Vaccine operations Central Provinces & Berar 1912-1920 - 1912-1920
Year: 1912
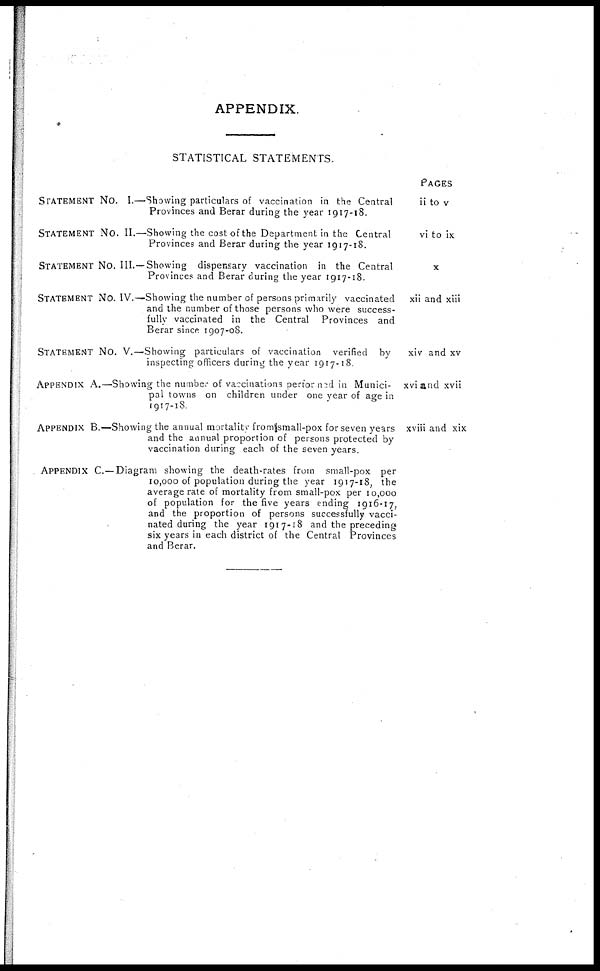
APPENDIX.
STATISTICAL STATEMENTS.
STATEMENT No. I.—Showing particulars of vaccination in the Central
Provinces and Berar during the year 1917-18.
STATEMENT No. II.—Showing the cost of the Department in the Central
Provinces and Berar during the year 1917-18.
STATEMENT No. III.—Showing dispensary vaccination in the Central
Provinces and Berar during the year 1917-18.
STATEMENT No. IV.—Showing the number of persons primarily vaccinated
and the number of those persons who were success-
fully vaccinated in the Central Provinces and
Berar since 1907-08.
STATEMENT No. V.—Showing particulars of vaccination verified by
inspecting officers during the year 1917-18
APPENDIX A.—Showing the number of vaccinations performed in Munici-
pal towns on children under one year of age in
1917-18.
APPENDIX B.—Showing the annual mortality from small-pox for seven years
and the annual proportion of persons protected by
vaccination during each of the seven years
APPENDIX C.—Diagram showing the death-rates from small-pox per
10,000 of population during the year 1917-18, the
average rate of mortality from small-pox per 10,000
of population for the five years ending 1916-17,
and the proportion of persons successfully vacci-
nated during the year 1917-18 and the preceding
six years in each district of the Central Provinces
and Berar.
Pages
ii to v
vi to ix
X
xii and xiii
xiv and xv
xvi and xvii
xviii and xix